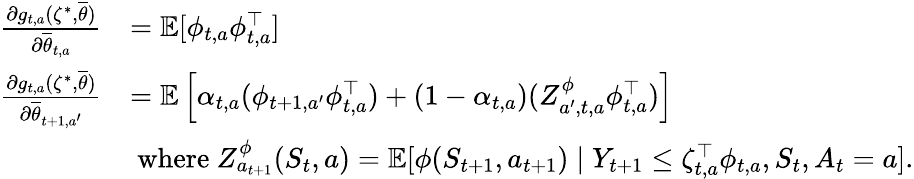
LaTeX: \begin{array}{rl}{\textstyle\frac{\partial g_{t,a}(\zeta^{*},\overline{{\theta}})}{\partial\overline{{\theta}}_{t,a}}}&{=\textstyle\mathbb E[\phi_{t,a}\phi_{t,a}^{\top}]}\\ {\textstyle\frac{\partial g_{t,a}(\zeta^{*},\overline{{\theta}})}{\partial\overline{{\theta}}_{t+1,a^{\prime}}}}&{\textstyle=\mathbb E\left[\alpha_{t,a}(\phi_{t+1,a^{\prime}}\phi_{t,a}^{\top})+({1-{\alpha}_{t,a}})(Z_{a^{\prime},t,a}^{\phi}\phi_{t,a}^{\top})\right]}\\ &{\mathrm{~where~}Z_{a_{t+1}}^{\phi}(S_{t},a)=\mathbb E[\phi(S_{t+1},a_{t+1})\mid Y_{t+1}\leq\zeta_{t,a}^{\top}\phi_{t,a},S_{t},A_{t}=a].}\end{array}